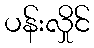
ပန်းလှိုင်